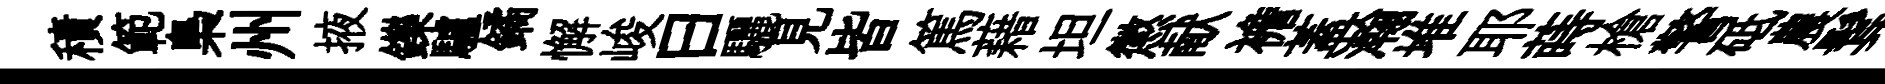
積範梟州掖鑠驢鐍懈峻曰驪見皆篤藉坦懲献襜蓋瀚堆耶蒔槍警砥農鬂